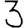
Digit: 3